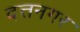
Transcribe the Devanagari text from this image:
दत्तनगर